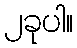
၂ခုပါ။